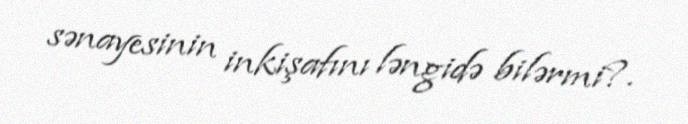
sənayesinin inkişafını ləngidə bilərmi?.